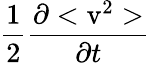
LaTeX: \frac{1}{2}\frac{\partial<\mathrm{v}^{2}>}{\partial t}